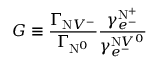
G \equiv \frac { \Gamma _ { \mathrm { N } V ^ { - } } } { \Gamma _ { \mathrm { N } ^ { 0 } } } \frac { \gamma _ { e ^ { - } } ^ { \mathrm { N } ^ { + } } } { \gamma _ { e ^ { - } } ^ { \mathrm { N } V ^ { 0 } } }